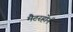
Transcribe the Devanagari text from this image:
मैटरहोर्न